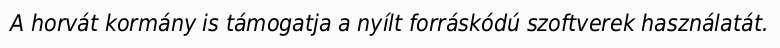
A horvát kormány is támogatja a nyílt forráskódú szoftverek használatát.